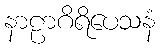
နာဠာဂိရိပေသနံ